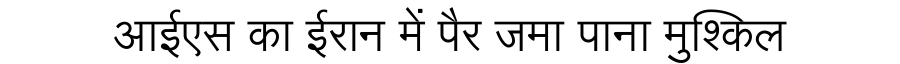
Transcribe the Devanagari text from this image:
आईएस का ईरान में पैर जमा पाना मुश्किल